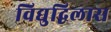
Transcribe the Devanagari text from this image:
विद्युद्विलास